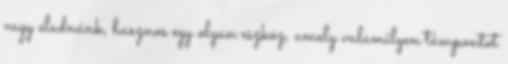
vagy eladnánk, hasznos egy olyan eszköz, amely valamilyen támpontot